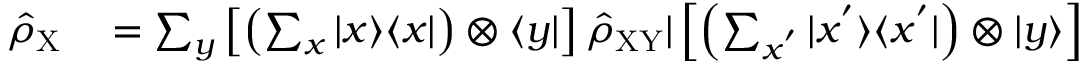
\begin{array} { r l } { \hat { \rho } _ { \mathrm { X } } } & { { } = \sum _ { y } \left[ \left( \sum _ { x } | x \rangle \langle x | \right) \otimes \langle y | \right] \hat { \rho } _ { \mathrm { X Y } } | \left[ \left( \sum _ { x ^ { ' } } | x ^ { ' } \rangle \langle x ^ { ' } | \right) \otimes | y \rangle \right] } \end{array}